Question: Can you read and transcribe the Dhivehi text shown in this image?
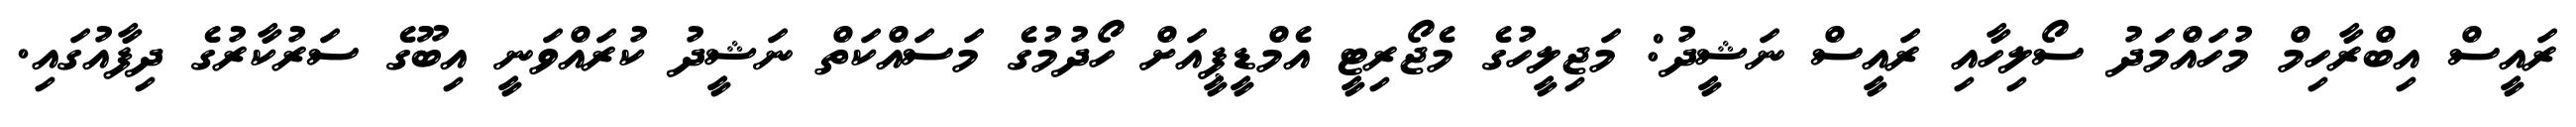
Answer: ރައީސް އިބްރާހިމް މުހައްމަދު ސޯލިހާއި ރައީސް ނަޝީދު: މަޖިލީހުގެ މެޖޯރިޓީ އެމްޑީޕީއަށް ހޯދުމުގެ މަސައްކަތް ނަޝީދު ކުރައްވަނީ އިބޫގެ ސަރުކާރުގެ ދިފާއުގައި.